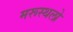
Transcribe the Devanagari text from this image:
मरूस्थलो